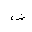
Letter: _dad